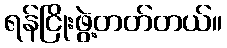
ရန်ငြိုးဖွဲ့တတ်တယ်။